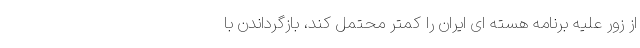
از زور علیه برنامه هسته ای ایران را کمتر محتمل کند، بازگرداندن با